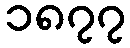
၁၈၇၇